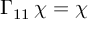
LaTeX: \Gamma _ { 1 1 } \, \chi = \chi